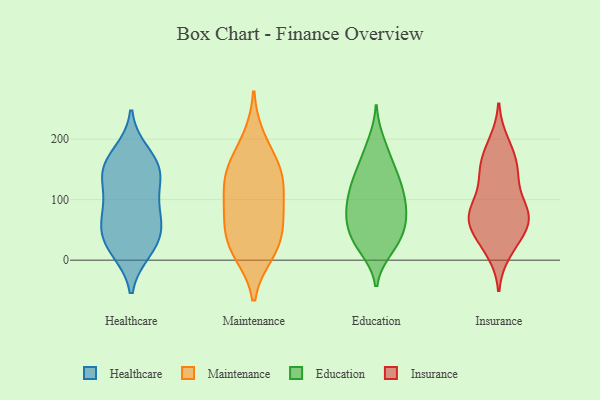
{"axis": {"x": "Shipments", "y": "Value"}, "legend": ["Education", "Healthcare", "Insurance", "Maintenance"], "data": [{"x": "", "y": 175, "type": "Healthcare"}, {"x": "", "y": 149, "type": "Healthcare"}, {"x": "", "y": 136, "type": "Healthcare"}, {"x": "", "y": 47, "type": "Healthcare"}, {"x": "", "y": 149, "type": "Healthcare"}, {"x": "", "y": 18, "type": "Healthcare"}, {"x": "", "y": 71, "type": "Healthcare"}, {"x": "", "y": 150, "type": "Healthcare"}, {"x": "", "y": 91, "type": "Healthcare"}, {"x": "", "y": 26, "type": "Healthcare"}, {"x": "", "y": 82, "type": "Healthcare"}, {"x": "", "y": 34, "type": "Healthcare"}, {"x": "", "y": 138, "type": "Maintenance"}, {"x": "", "y": 23, "type": "Maintenance"}, {"x": "", "y": 85, "type": "Maintenance"}, {"x": "", "y": 200, "type": "Maintenance"}, {"x": "", "y": 96, "type": "Maintenance"}, {"x": "", "y": 146, "type": "Maintenance"}, {"x": "", "y": 12, "type": "Maintenance"}, {"x": "", "y": 133, "type": "Maintenance"}, {"x": "", "y": 22, "type": "Maintenance"}, {"x": "", "y": 71, "type": "Maintenance"}, {"x": "", "y": 158, "type": "Maintenance"}, {"x": "", "y": 52, "type": "Maintenance"}, {"x": "", "y": 115, "type": "Education"}, {"x": "", "y": 52, "type": "Education"}, {"x": "", "y": 156, "type": "Education"}, {"x": "", "y": 59, "type": "Education"}, {"x": "", "y": 78, "type": "Education"}, {"x": "", "y": 144, "type": "Education"}, {"x": "", "y": 18, "type": "Education"}, {"x": "", "y": 23, "type": "Education"}, {"x": "", "y": 180, "type": "Education"}, {"x": "", "y": 85, "type": "Education"}, {"x": "", "y": 195, "type": "Education"}, {"x": "", "y": 111, "type": "Education"}, {"x": "", "y": 102, "type": "Education"}, {"x": "", "y": 127, "type": "Education"}, {"x": "", "y": 71, "type": "Education"}, {"x": "", "y": 138, "type": "Education"}, {"x": "", "y": 32, "type": "Education"}, {"x": "", "y": 57, "type": "Education"}, {"x": "", "y": 29, "type": "Education"}, {"x": "", "y": 90, "type": "Education"}, {"x": "", "y": 159, "type": "Insurance"}, {"x": "", "y": 13, "type": "Insurance"}, {"x": "", "y": 143, "type": "Insurance"}, {"x": "", "y": 142, "type": "Insurance"}, {"x": "", "y": 38, "type": "Insurance"}, {"x": "", "y": 94, "type": "Insurance"}, {"x": "", "y": 45, "type": "Insurance"}, {"x": "", "y": 64, "type": "Insurance"}, {"x": "", "y": 184, "type": "Insurance"}, {"x": "", "y": 78, "type": "Insurance"}, {"x": "", "y": 195, "type": "Insurance"}, {"x": "", "y": 72, "type": "Insurance"}, {"x": "", "y": 88, "type": "Insurance"}, {"x": "", "y": 66, "type": "Insurance"}, {"x": "", "y": 71, "type": "Insurance"}, {"x": "", "y": 159, "type": "Insurance"}, {"x": "", "y": 22, "type": "Insurance"}, {"x": "", "y": 125, "type": "Insurance"}, {"x": "", "y": 70, "type": "Insurance"}]}